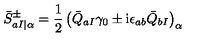
{ \bar { S } } _ { a I \vert \alpha } ^ { \pm } = \frac { 1 } { 2 } \left( { \bar { Q } } _ { a I } \gamma _ { 0 } \pm \mathrm { i } \epsilon _ { a b } { \bar { Q } } _ { b I } \right) _ { \alpha }